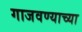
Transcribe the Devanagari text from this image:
गाजवण्याच्या